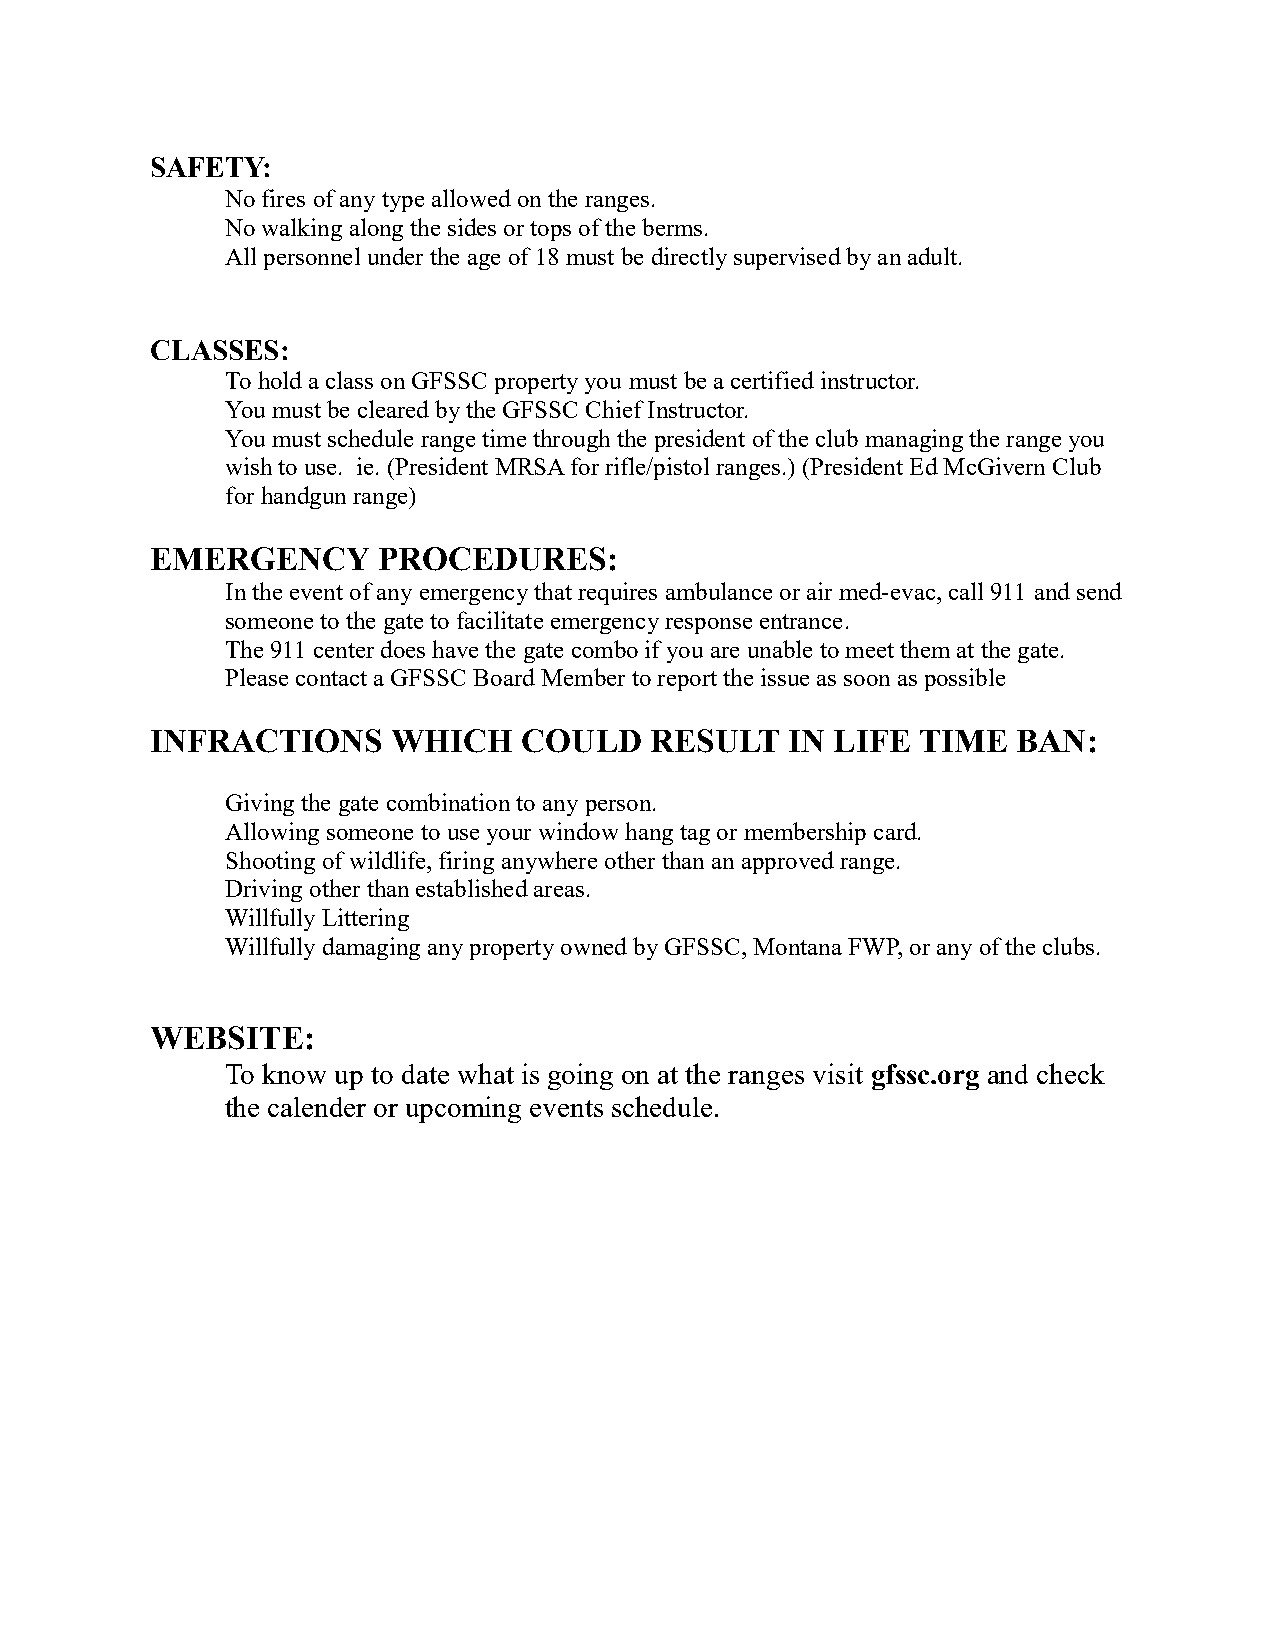
SAFETY:
 No fires of any type allowed on the ranges.
 No walking along the sides or tops of the berms.
 All personnel under the age of 18 must be directly supervised by an adult.
 CLASSES:
 To hold a class on GFSSC property you must be a certified instructor.
 You must be cleared by the GFSSC Chief Instructor.
 You must schedule range time through the president of the club managing the range you
 wish to use. ie. (President MRSA for rifle/pistol ranges.) (President Ed McGivern Club
 for handgun range)
 EMERGENCY      PROCEDURES:
 In the event of any emergency that requires ambulance or air med-evac, call 911 and send
 someone to the gate to facilitate emergency response entrance.
 The 911 center does have the gate combo if you are unable to meet them at the gate.
 Please contact a GFSSC Board Member to report the issue as soon as possible
 INFRACTIONS     WHICH    COULD   RESULT   IN LIFE  TIME  BAN:
 Giving the gate combination to any person.
 Allowing someone to use your window hang tag or membership card.
 Shooting of wildlife, firing anywhere other than an approved range.
 Driving other than established areas.
 Willfully Littering
 Willfully damaging any property owned by GFSSC, Montana FWP, or any of the clubs.
 WEBSITE:
 To know up to date what is going on at the ranges visit gfssc.org and check
 the calender or upcoming events schedule.